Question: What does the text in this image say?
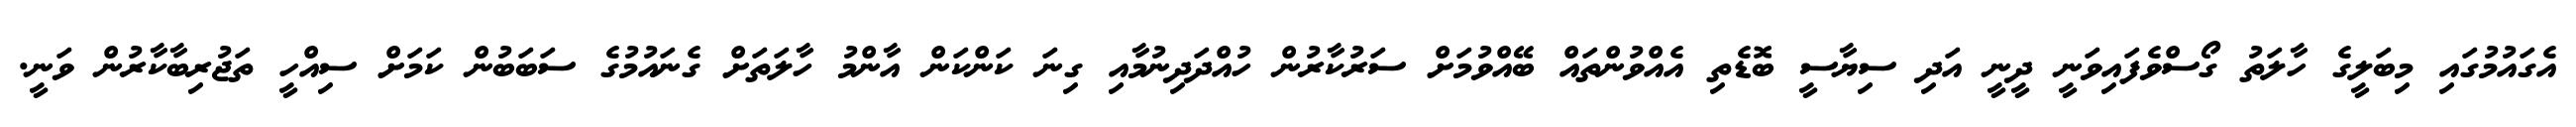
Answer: އެގައުމުގައި މިބަލީގެ ހާލަތު ގޯސްވެފައިވަނީ ދީނީ އަދި ސިޔާސީ ބޮޑެތި އެއްވުންތައް ބޭއްވުމަށް ސަރުކާރުން ހުއްދަދިނުމާއި ގިނަ ކަންކަން އާންމު ހާލަތަށް ގެނައުމުގެ ސަބަބުން ކަމަށް ސިއްހީ ތަޖުރިބާކާރުން ވަނީ.